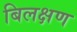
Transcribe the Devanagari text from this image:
बिलक्षण